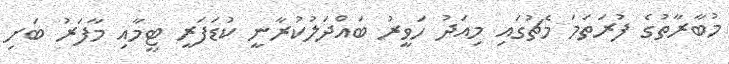
މުބާރާތުގެ ފުރަތަމަ މެޗުގައި މިއަދު ހަވީރު ބައްދަލުކުރާނީ ކުޑަފަރީ ޓީމާއި މާފަރު ބަށި